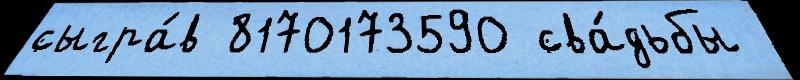
сыгра́в 8170173590 сва́дьбы